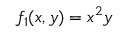
f _ { 1 } ( x , y ) = x ^ { 2 } y